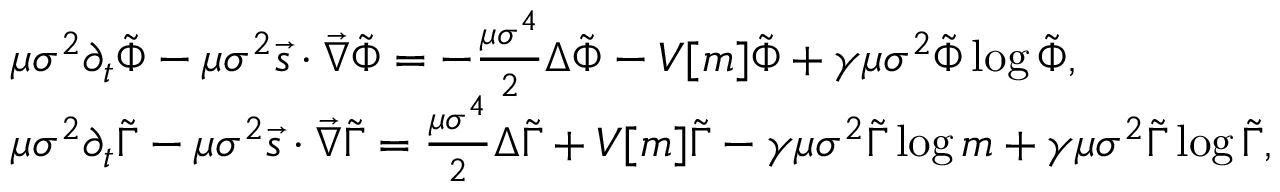
\begin{array} { r l } & { \mu \sigma ^ { 2 } \partial _ { t } \tilde { \Phi } - \mu \sigma ^ { 2 } \vec { s } \cdot \vec { \nabla } \tilde { \Phi } = - \frac { \mu \sigma ^ { 4 } } { 2 } \Delta \tilde { \Phi } - V [ m ] \tilde { \Phi } + \gamma \mu \sigma ^ { 2 } \tilde { \Phi } \log { \tilde { \Phi } } , } \\ & { \mu \sigma ^ { 2 } \partial _ { t } \tilde { \Gamma } - \mu \sigma ^ { 2 } \vec { s } \cdot \vec { \nabla } \tilde { \Gamma } = \frac { \mu \sigma ^ { 4 } } { 2 } \Delta \tilde { \Gamma } + V [ m ] \tilde { \Gamma } - \gamma \mu \sigma ^ { 2 } \tilde { \Gamma } \log { m } + \gamma \mu \sigma ^ { 2 } \tilde { \Gamma } \log { \tilde { \Gamma } } , } \end{array}